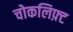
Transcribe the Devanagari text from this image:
चोकलिफ़्ट